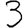
Digit: 3